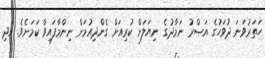
ހަތަރުވަނަ ދުވަހުގެ އަޞްރު ނަމާދުގެ ނިޔަލަށް ކުރިއަށް ގެންދިއުމަށް ނިންމާފައިވާ ކަމަށެވެ. އަދި